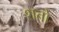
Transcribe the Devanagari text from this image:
शतो